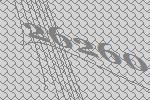
26260